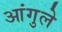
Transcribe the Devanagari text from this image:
आंगुले